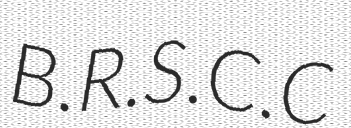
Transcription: B.R.S.C.C